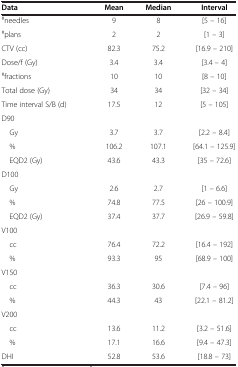
| <COLSPAN=2> Data | Mean | Median | Interval |
 | --- | --- | --- | --- | --- |
 | <COLSPAN=2> #needles | 9 | 8 | [5 – 16] |
 | <COLSPAN=2> #plans | 2 | 2 | [1 – 3] |
 | <COLSPAN=2> CTV (cc) | 82.3 | 75.2 | [16.9 – 210] |
 | <COLSPAN=2> Dose/f (Gy) | 3.4 | 3.4 | [3.4 – 4] |
 | <COLSPAN=2> #fractions | 10 | 10 | [8 – 10] |
 | <COLSPAN=2> Total dose (Gy) | 34 | 34 | [32 – 34] |
 | <COLSPAN=2> Time interval S/B (d) | 17.5 | 12 | [5 – 105] |
 | D90 |  |  |  |  |
 | Gy |  | 3.7 | 3.7 | [2.2 – 8.4] |
 | % |  | 106.2 | 107.1 | [64.1 – 125.9] |
 | EQD2 (Gy) |  | 43.6 | 43.3 | [35 – 72.6] |
 | D100 |  |  |  |  |
 | Gy |  | 2.6 | 2.7 | [1 – 6.6] |
 | % |  | 74.8 | 77.5 | [26 – 100.9] |
 | EQD2 (Gy) |  | 37.4 | 37.7 | [26.9 – 59.8] |
 | V100 |  |  |  |  |
 | cc |  | 76.4 | 72.2 | [16.4 – 192] |
 | % |  | 93.3 | 95 | [68.9 – 100] |
 | V150 |  |  |  |  |
 | cc |  | 36.3 | 30.6 | [7.4 – 96] |
 | % |  | 44.3 | 43 | [22.1 – 81.2] |
 | V200 |  |  |  |  |
 | cc |  | 13.6 | 11.2 | [3.2 – 51.6] |
 | % |  | 17.1 | 16.6 | [9.4 – 47.3] |
 | <COLSPAN=2> DHI | 52.8 | 53.6 | [18.8 – 73] |